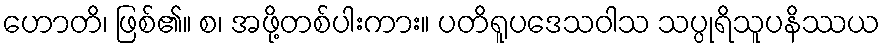
ဟောတိ၊ ဖြစ်၏။ စ၊ အဖို့တစ်ပါးကား။ ပတိရူပဒေသဝါသ သပ္ပုရိသူပနိဿယ